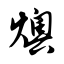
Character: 燠